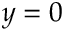
y = 0